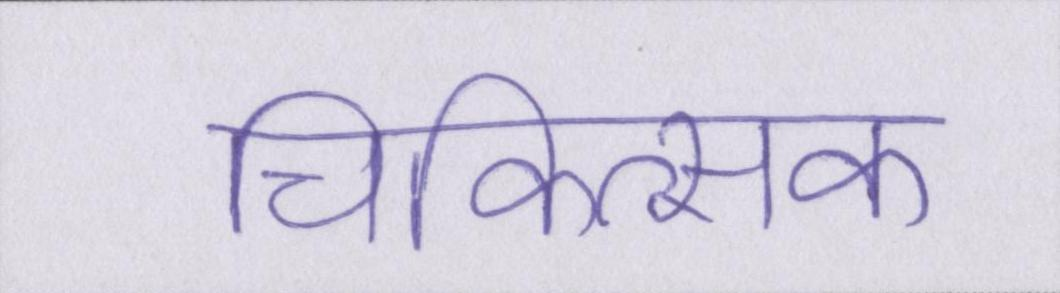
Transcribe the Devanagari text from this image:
चिकित्सक